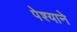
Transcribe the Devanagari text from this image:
पेश्याने